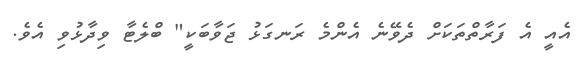
އެއީ އެ ފަރާތްތަކަށް ދެވޭނެ އެންމެ ރަނގަޅު ޖަވާބަކީ" ބްލެޓާ ވިދާޅުވި އެވެ.